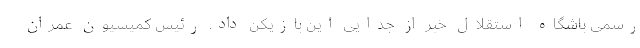
رسمی باشگاه استقلال خبر از جدایی این بازیکن داد. رئیس کمیسیون عمران